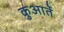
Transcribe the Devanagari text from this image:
कुआर्ते